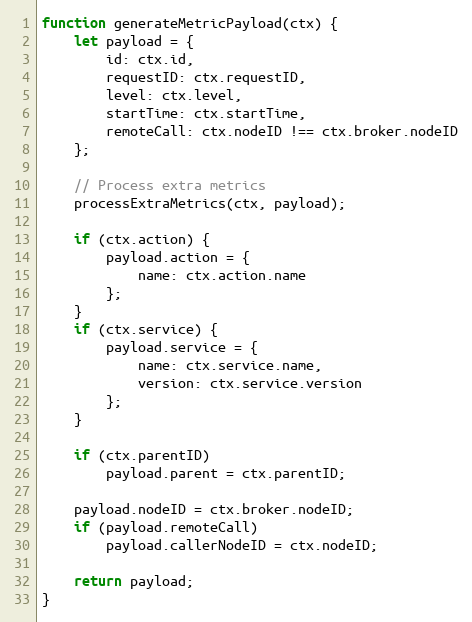
Language: JavaScript
function generateMetricPayload(ctx) {
	let payload = {
		id: ctx.id,
		requestID: ctx.requestID,
		level: ctx.level,
		startTime: ctx.startTime,
		remoteCall: ctx.nodeID !== ctx.broker.nodeID
	};

	// Process extra metrics
	processExtraMetrics(ctx, payload);

	if (ctx.action) {
		payload.action = {
			name: ctx.action.name
		};
	}
	if (ctx.service) {
		payload.service = {
			name: ctx.service.name,
			version: ctx.service.version
		};
	}

	if (ctx.parentID)
		payload.parent = ctx.parentID;

	payload.nodeID = ctx.broker.nodeID;
	if (payload.remoteCall)
		payload.callerNodeID = ctx.nodeID;

	return payload;
}